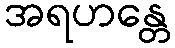
အရဟန္တေ